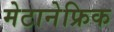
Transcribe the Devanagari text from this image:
मेटानेफ्रिक